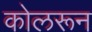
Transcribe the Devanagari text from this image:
कोलरून